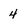
Character: 4